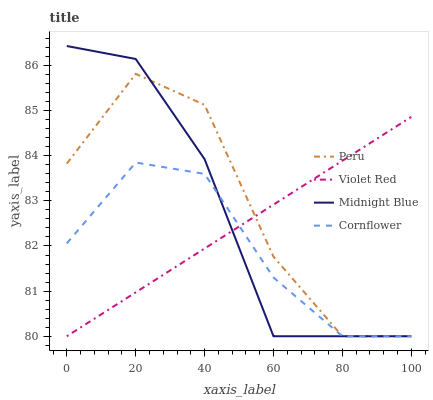
| xaxis_label | Peru | Violet Red | Midnight Blue | Cornflower |
 | --- | --- | --- | --- | --- |
 | 0 | 83.8 | 80 | 86.4 | 82.1 |
 | 20 | 85.8 | 81 | 86.1 | 83.8 |
 | 40 | 85.1 | 81.9 | 83.9 | 83.6 |
 | 60 | 81.8 | 82.9 | 80 | 81.3 |
 | 80 | 80 | 83.9 | 80 | 80 |
 | 100 | 80 | 84.9 | 80 | 80 |